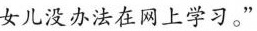
女儿没办法在网上学习。”